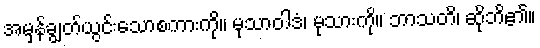
အမှန်ချွတ်ယွင်းသောစကားကို။ မုသာဝါဒံ၊ မုသားကို။ ဘာသတိ၊ ဆိုဘိ၏။